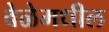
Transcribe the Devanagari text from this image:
वेळेमधील